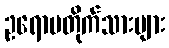
ဥရောပတိုက်သားများ